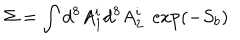
\Sigma = \int d ^ { 8 } A _ { 1 } ^ { i } d ^ { 8 } A _ { 2 } ^ { i } \; \exp ( - S _ { b } )